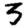
Digit: 5